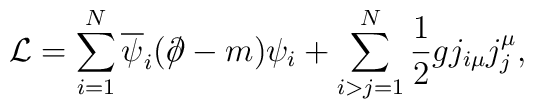
{\cal L}= \sum_{i=1}^{N}\overline{\psi}_i({\ooalign{\hfil/\hfil\crcr$\partial$}}-m)\psi_i+\sum_{i>j=1}^{N}{1\over 2}gj_{i\mu}j_j^{\mu},